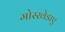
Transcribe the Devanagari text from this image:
मोस्खेडाए